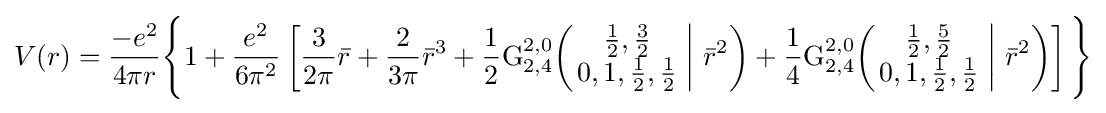
V(r)={\frac {-e^{2}}{4\pi r}}{\Biggl \{}1+{\frac {e^{2}}{6\pi ^{2}}}\left[{\frac {3}{2\pi }}{\bar {r}}+{\frac {2}{3\pi }}{\bar {r}}^{3}+{\frac {1}{2}}{\text{G}}_{2,4}^{2,0}\!\left(\left.{\begin{matrix}{\frac {1}{2}},{\frac {3}{2}}\\0,1,{\frac {1}{2}},{\frac {1}{2}}\end{matrix}}\;\right|\,{\bar {r}}^{2}\right)+{\frac {1}{4}}{\text{G}}_{2,4}^{2,0}\!\left(\left.{\begin{matrix}{\frac {1}{2}},{\frac {5}{2}}\\0,1,{\frac {1}{2}},{\frac {1}{2}}\end{matrix}}\;\right|\,{\bar {r}}^{2}\right)\right]{\Biggl \}}